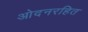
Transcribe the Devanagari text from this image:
ओदनरहित